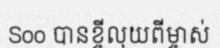
Soo បានខ្ចីលុយពីម្ចាស់